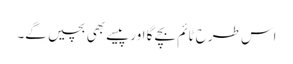
اس طرح ٹائم بچے گا اور پیسے بھی بچیں گے۔